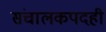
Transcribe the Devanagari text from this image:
संचालकपदही